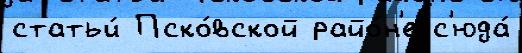
статьи́ Пско́вской райо́н'е с'юда́